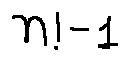
n ! - 1